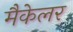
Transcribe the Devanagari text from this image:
मैकेलर